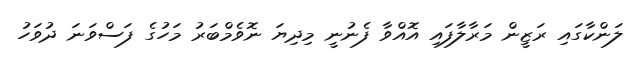
ލަންކާގައި ރަޒީން މަރާލާފައި އޮއްވާ ފެނުނީ މިދިޔަ ނޮވެމްބަރު މަހުގެ ފަސްވަނަ ދުވަހު